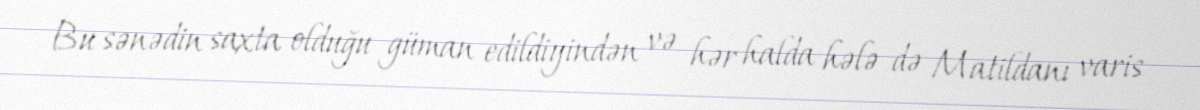
Bu sənədin saxta olduğu güman edildiyindən və hər halda hələ də Matildanı varis